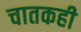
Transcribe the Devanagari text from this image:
चातकही